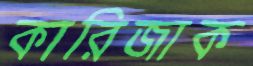
কারিজাক